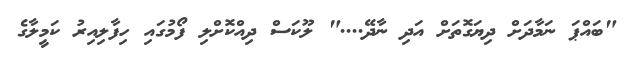
"ބައްޕަ ނަމާދަށް ދިޔަގޮތަށް އަދި ނާދޭ...." ލޫކަސް ދިއްކޮށްލި ފޯމުގައި ހިފާލިއިރު ކަމީލާގެ